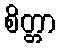
စိတ္တာ